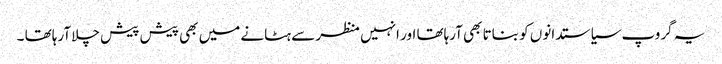
یہ گروپ سیاستدانوں کو بناتا بھی آرہاتھا اور انہیں منظر سے ہٹانے میں بھی پیش پیش چلا آرہاتھا ۔